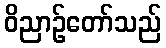
ဝိညာဉ်တော်သည်